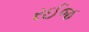
રઈજ